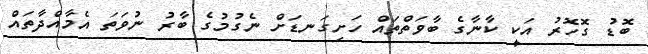
ބޮޑު ގޮހޮރު އަކީ ކާނާގެ ބާވަތްތައް ހަށިގަނޑަށް ނެގުމުގެ ބާރު ނުވަތަ އެމާއްދާތައް